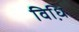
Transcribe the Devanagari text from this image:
विधि़